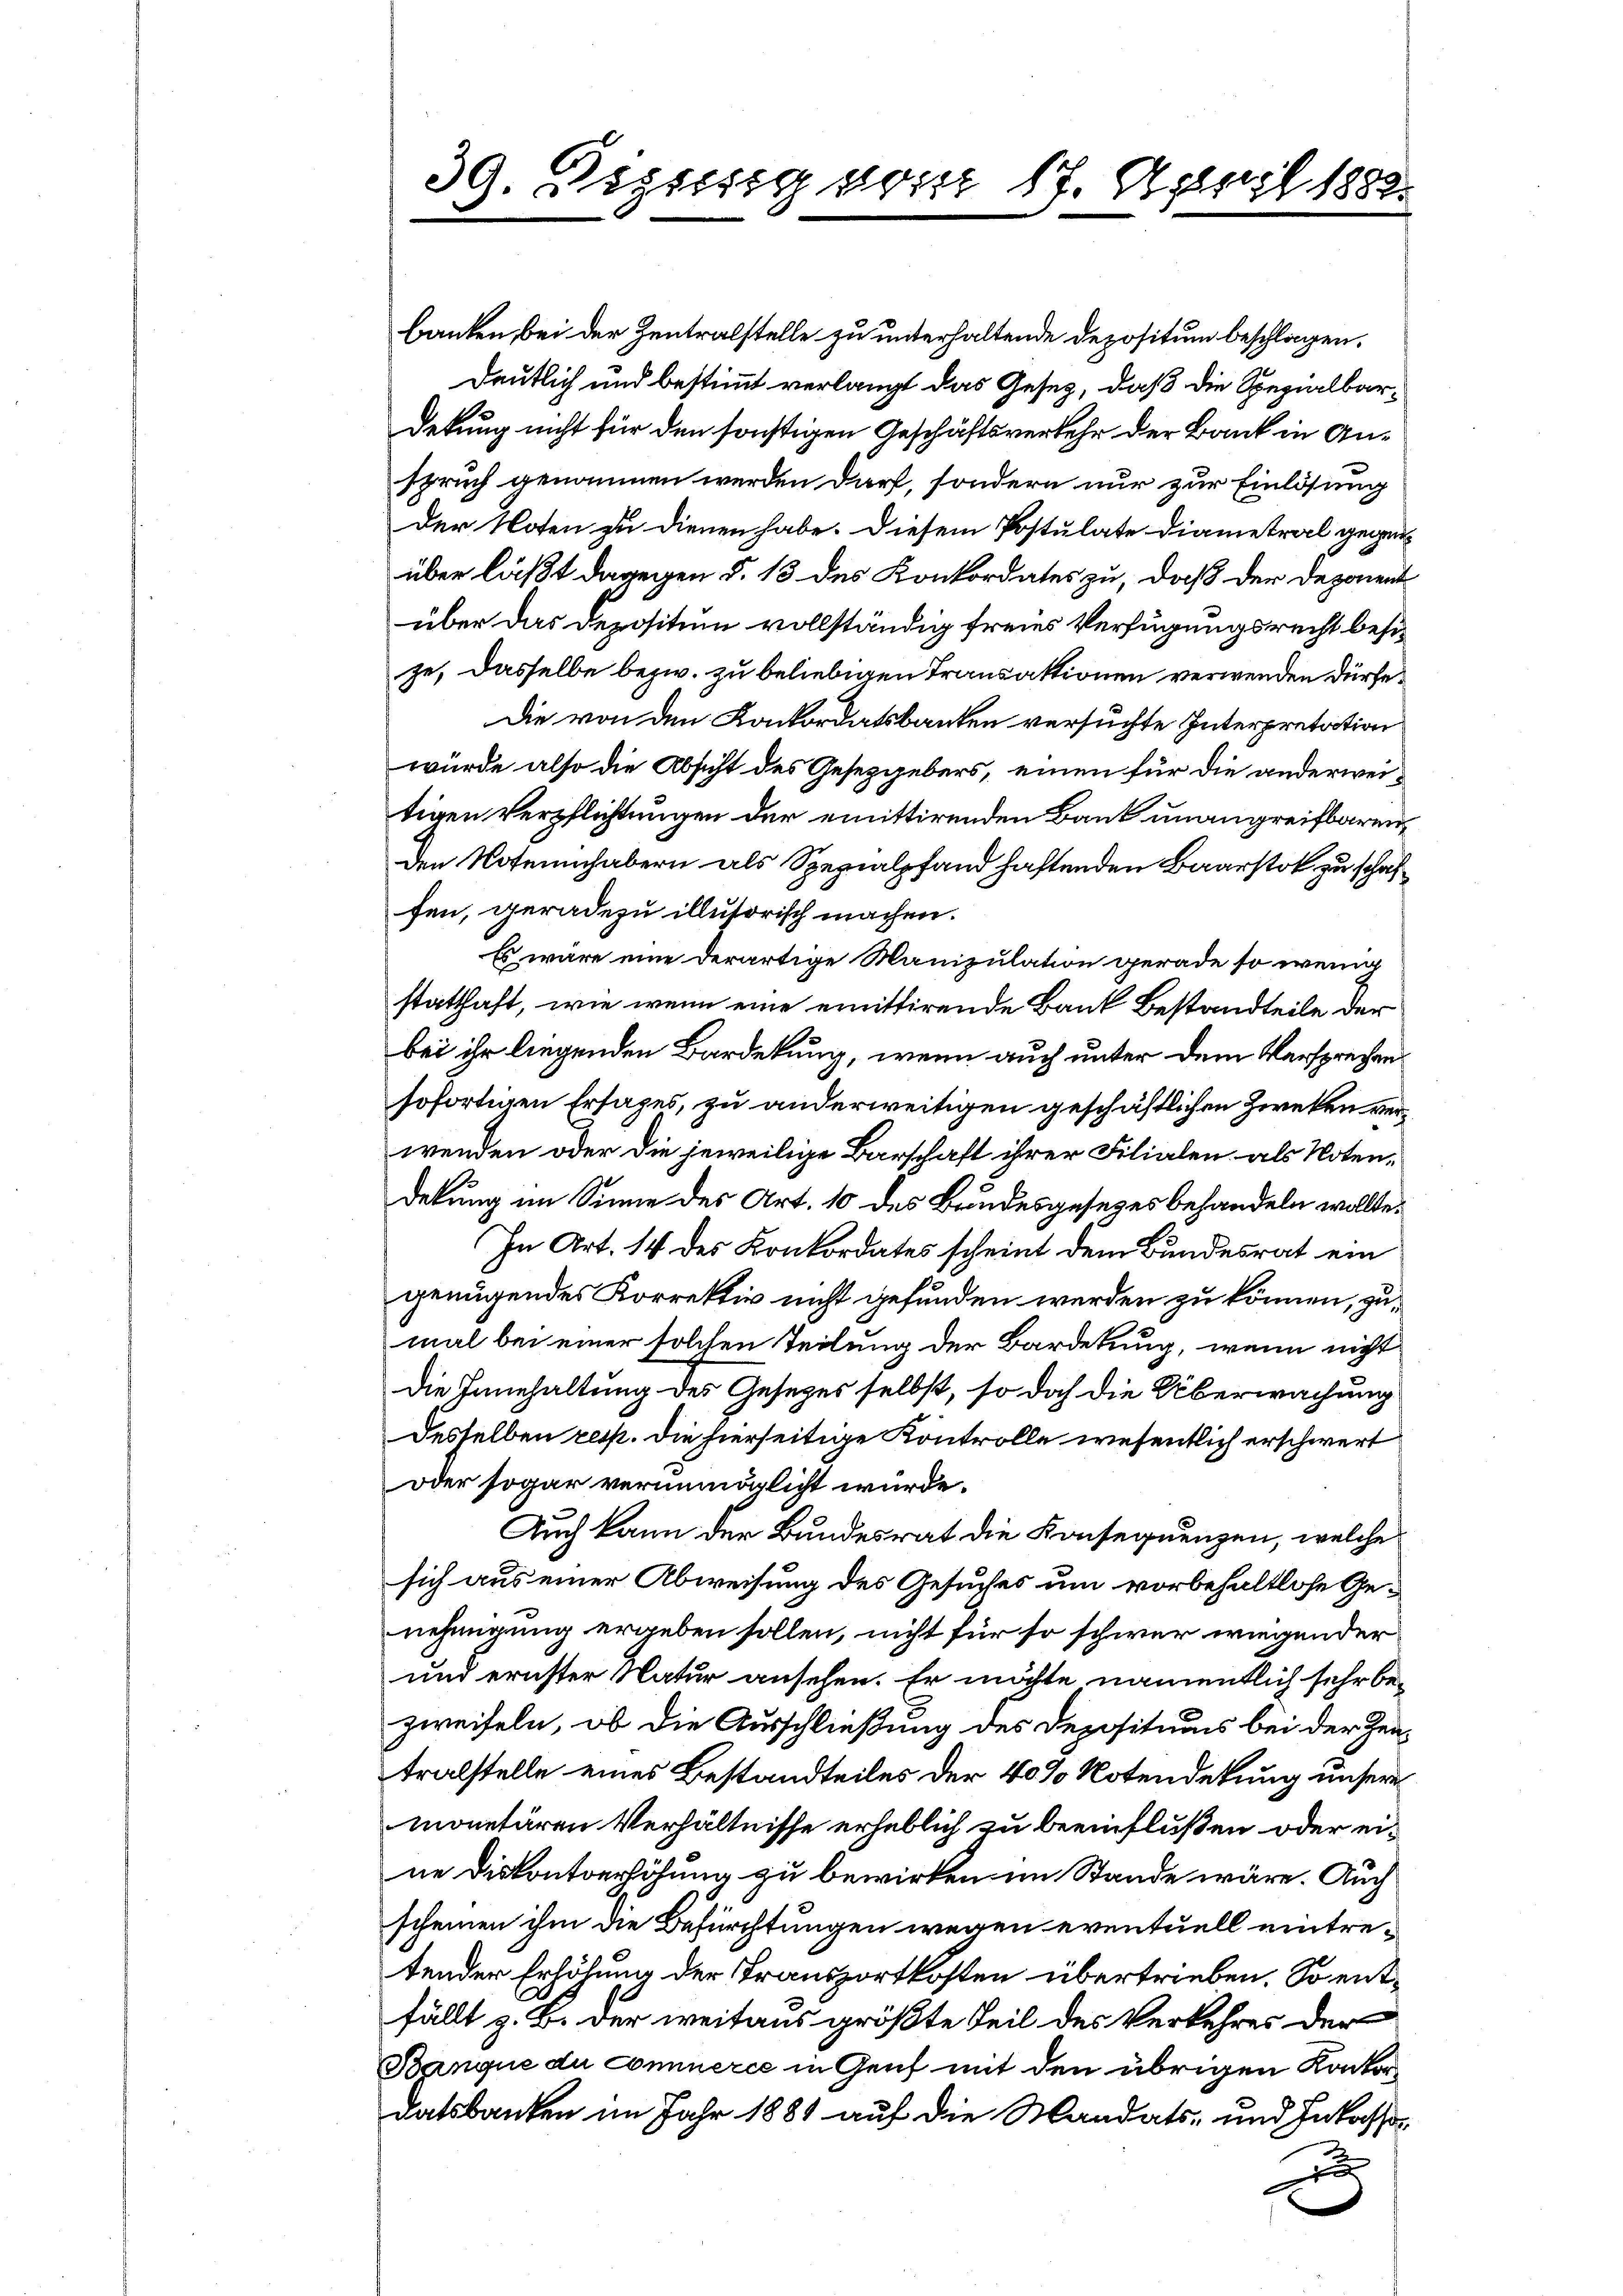
banken bei der Zentralstelle zu unterhaltende Depositum beschlagen.
deutlich und bestimmt verlangt das Gesetz, daß die Spezialbardekung nicht für den sonstigen Geschäftsverkehr der Bank in Anspruch genommen werden darf, sondern nur zur Einlösung
der Noten zu dienen habe. Diesem Postulate Diametral gegenüber läßt dagegen §. 13 des Konkordates zu, daß der Deponent
über das Depositum vollständig freies Verfügungsrecht besize, dasselbe bezw. zu beliebigen Transaktionen verwenden dürfe.
Die von den Konkordatsbanken versuchte Interpretation
würde also die Absicht des Gesetzgebers, einen für die anderweitigen Verpflichtungen der emittirenden Bank unangreifbaren
Den Notennhabern als Spezialpfand haftenden Baarstok zu schaffen, geradezu illusorisch machen.
Es wäre eine derartige Manipulation gerade so wenig
statthaft, wie wenn eine emittirende Bank Bestandteile der
bei ihr liegenden Bardekung, wenn auch unter dem Versprechen
sofortigen Ersages, zu anderweitigen geschäftlichen Zweken verwenden oder die jeweilige Barschaft ihrer Filialen als Notendekung im Sinne des Art. 10 des Bundesgesetzes behandeln wollte.
In Art. 14 des Konkordates scheint dem Bundesrat ein
genügendes Korrektiv nicht gefunden werden zu können, zumal bei einer solchen Teilung der Bardetung, wenn nicht
Die Tannhaltung des Gesetzes selbst, so doch die Überwachung
desselben resp. die hierseitige Kontrolle wesentlich erschwert
oder sogar verunmöglicht würde.
Auch kann der Bundesrat die Konsequenzen, welche
sich aus einer Abweisung des Gesuches um vorbehaltlose Genehmigung ergeben sollen, nicht für so schwer wiegender
und ernster Natur ansehen. Er möchte namentlich sehr be-
zweifeln, ob die Ausschließung des Depositums bei der Zentralstelle eines Bestandteiles der 40% Notendekung unsere
monetären Verhältnisse erheblich zu beeinflußen oder eine Diskontverhöhung zu bewirken im Stande wäre. Auch
scheinen ihm die Befürchtungen wegen eventuell eintretender Erhöhung der Transportkosten übertrieben. So entfällt z. B. der weitaus größte Teil des Verkehres der
Banque du commerce in Genf mit den übrigen Konkordatsbanken im Jahr 1881 auf die Mandats- und Inkassa-
u

39. Visissig vom 17. April 1883.